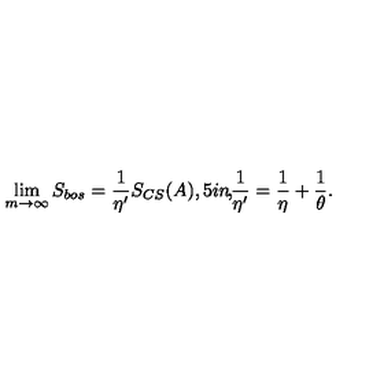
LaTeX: \lim _ { m \rightarrow \infty } S _ { b o s } = \frac 1 { \eta ^ { \prime } } S _ { C S } ( A ) , \makebox [ . 5 i n ] { , } \frac 1 { \eta ^ { \prime } } = \frac 1 \eta + \frac 1 \theta .